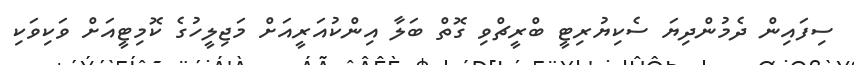
ސިފައިން ދެމުންދިޔަ ސެކިޔުރިޓީ ބްރީޗްވި ގޮތް ބަލާ އިންކުއަރީއަށް މަޖިލީހުގެ ކޮމިޓީއަށް ވަކިވަކި